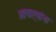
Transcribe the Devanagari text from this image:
आचार्‍यांना